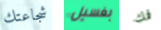
شجاعتك بغسيل فمك